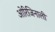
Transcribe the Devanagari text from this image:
ओरिजिनाली